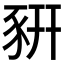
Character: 豣